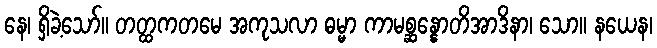
နေ၊ ရှိခဲ့သော်။ တတ္ထကတမေ အကုသလာ ဓမ္မာ ကာမစ္ဆန္နောတိအာဒိနာ၊ သော။ နယေန၊